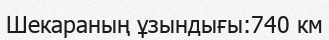
Шекараның ұзындығы:740 км